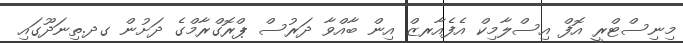
މިނިސްޓްރީ އޮފް އިސްލާމިކް އެފެއާރޒް އިން ބާއްވާ ދަރުސް ޕްރޮގްރާމްގެ ދަށުން ގދ.ތިނަދޫގައި